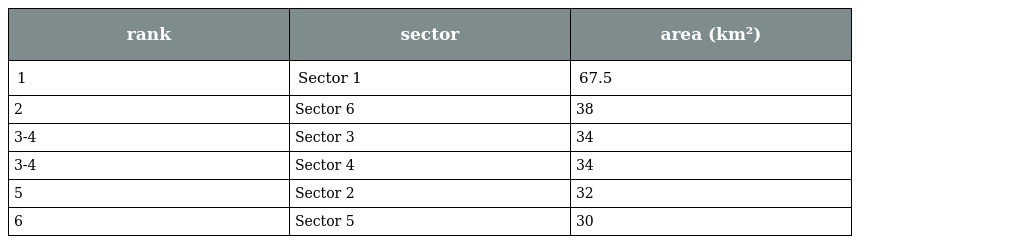
| rank | sector | area (km²) |
 | --- | --- | --- |
 | 1 | Sector 1 | 67.5 |
 | 2 | Sector 6 | 38 |
 | 3-4 | Sector 3 | 34 |
 | 3-4 | Sector 4 | 34 |
 | 5 | Sector 2 | 32 |
 | 6 | Sector 5 | 30 |